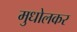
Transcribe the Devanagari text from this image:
मुधोलकर